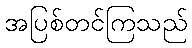
အပြစ်တင်ကြသည်